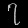
Digit: ၇